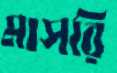
মাসরি